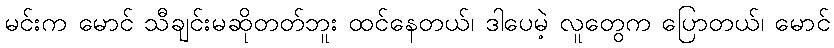
မင်းက မောင် သီချင်းမဆိုတတ်ဘူး ထင်နေတယ်၊ ဒါပေမဲ့ လူတွေက ပြောတယ်၊ မောင်